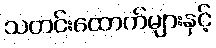
သတင်းထောက်များနှင့်